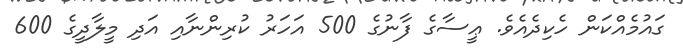
ގައުމެއްކަން ހެކިދެއެވެ. ޢީސާގެ ފާނުގެ 500 އަހަރު ކުރިންނާއި އަދި މީލާދީގެ 600